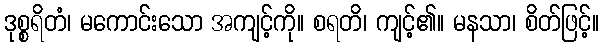
ဒုစ္စရိတံ၊ မကောင်းသော အကျင့်ကို။ စရတိ၊ ကျင့်၏။ မနသာ၊ စိတ်ဖြင့်။